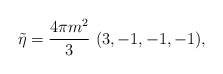
\begin{align*}\tilde\eta = {4\pi m^2\over 3}\ (3, -1, -1, -1),\end{align*}